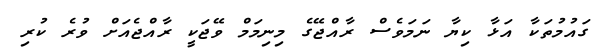
ގައުމުތަކާ އަޅާ ކިޔާ ނަމަވެސް ރާއްޖޭގެ މިނިމަމް ވޭޖަކީ ރާއްޖެއަށް ވުރެ ކުރި